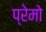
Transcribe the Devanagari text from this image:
प्रेमो